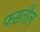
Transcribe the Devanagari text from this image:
फसतील